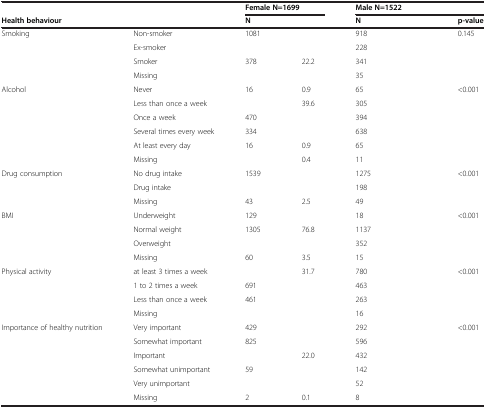
<table><thead><tr><td>[EMPTY_CELL]</td><td>[EMPTY_CELL]</td><td colspan="2"><b>Female N=1699</b></td><td colspan="2"><b>Male N=1522</b></td><td>[EMPTY_CELL]</td></tr></thead><tbody><tr><td><b>Health behaviour</b></td><td>[EMPTY_CELL]</td><td><b>N</b></td><td>[EMPTY_CELL]</td><td><b>N</b></td><td>[EMPTY_CELL]</td><td><b>p-value</b></td></tr><tr><td>Smoking</td><td>Non-smoker</td><td>1081</td><td>[EMPTY_CELL]</td><td>918</td><td>[EMPTY_CELL]</td><td rowspan="4">0.145</td></tr><tr><td>[EMPTY_CELL]</td><td>Ex-smoker</td><td>[EMPTY_CELL]</td><td>[EMPTY_CELL]</td><td>228</td><td>[EMPTY_CELL]</td></tr><tr><td>[EMPTY_CELL]</td><td>Smoker</td><td>378</td><td>22.2</td><td>341</td><td>[EMPTY_CELL]</td></tr><tr><td>[EMPTY_CELL]</td><td>Missing</td><td>[EMPTY_CELL]</td><td>[EMPTY_CELL]</td><td>35</td><td>[EMPTY_CELL]</td></tr><tr><td>Alcohol</td><td>Never</td><td>16</td><td>0.9</td><td>65</td><td>[EMPTY_CELL]</td><td rowspan="6">&lt;0.001</td></tr><tr><td>[EMPTY_CELL]</td><td>Less than once a week</td><td>[EMPTY_CELL]</td><td>39.6</td><td>305</td><td>[EMPTY_CELL]</td></tr><tr><td>[EMPTY_CELL]</td><td>Once a week</td><td>470</td><td>[EMPTY_CELL]</td><td>394</td><td>[EMPTY_CELL]</td></tr><tr><td>[EMPTY_CELL]</td><td>Several times every week</td><td>334</td><td>[EMPTY_CELL]</td><td>638</td><td>[EMPTY_CELL]</td></tr><tr><td>[EMPTY_CELL]</td><td>At least every day</td><td>16</td><td>0.9</td><td>65</td><td>[EMPTY_CELL]</td></tr><tr><td>[EMPTY_CELL]</td><td>Missing</td><td>[EMPTY_CELL]</td><td>0.4</td><td>11</td><td>[EMPTY_CELL]</td></tr><tr><td>Drug consumption</td><td>No drug intake</td><td>1539</td><td>[EMPTY_CELL]</td><td>1275</td><td>[EMPTY_CELL]</td><td rowspan="3">&lt;0.001</td></tr><tr><td>[EMPTY_CELL]</td><td>Drug intake</td><td>[EMPTY_CELL]</td><td>[EMPTY_CELL]</td><td>198</td><td>[EMPTY_CELL]</td></tr><tr><td>[EMPTY_CELL]</td><td>Missing</td><td>43</td><td>2.5</td><td>49</td><td>[EMPTY_CELL]</td></tr><tr><td>BMI</td><td>Underweight</td><td>129</td><td>[EMPTY_CELL]</td><td>18</td><td>[EMPTY_CELL]</td><td rowspan="4">&lt;0.001</td></tr><tr><td>[EMPTY_CELL]</td><td>Normal weight</td><td>1305</td><td>76.8</td><td>1137</td><td>[EMPTY_CELL]</td></tr><tr><td>[EMPTY_CELL]</td><td>Overweight</td><td>[EMPTY_CELL]</td><td>[EMPTY_CELL]</td><td>352</td><td>[EMPTY_CELL]</td></tr><tr><td>[EMPTY_CELL]</td><td>Missing</td><td>60</td><td>3.5</td><td>15</td><td>[EMPTY_CELL]</td></tr><tr><td>Physical activity</td><td>at least 3 times a week</td><td>[EMPTY_CELL]</td><td>31.7</td><td>780</td><td>[EMPTY_CELL]</td><td rowspan="4">&lt;0.001</td></tr><tr><td>[EMPTY_CELL]</td><td>1 to 2 times a week</td><td>691</td><td>[EMPTY_CELL]</td><td>463</td><td>[EMPTY_CELL]</td></tr><tr><td>[EMPTY_CELL]</td><td>Less than once a week</td><td>461</td><td>[EMPTY_CELL]</td><td>263</td><td>[EMPTY_CELL]</td></tr><tr><td>[EMPTY_CELL]</td><td>Missing</td><td>[EMPTY_CELL]</td><td>[EMPTY_CELL]</td><td>16</td><td>[EMPTY_CELL]</td></tr><tr><td>Importance of healthy nutrition</td><td>Very important</td><td>429</td><td>[EMPTY_CELL]</td><td>292</td><td>[EMPTY_CELL]</td><td rowspan="6">&lt;0.001</td></tr><tr><td>[EMPTY_CELL]</td><td>Somewhat important</td><td>825</td><td>[EMPTY_CELL]</td><td>596</td><td>[EMPTY_CELL]</td></tr><tr><td>[EMPTY_CELL]</td><td>Important</td><td>[EMPTY_CELL]</td><td>22.0</td><td>432</td><td>[EMPTY_CELL]</td></tr><tr><td>[EMPTY_CELL]</td><td>Somewhat unimportant</td><td>59</td><td>[EMPTY_CELL]</td><td>142</td><td>[EMPTY_CELL]</td></tr><tr><td>[EMPTY_CELL]</td><td>Very unimportant</td><td>[EMPTY_CELL]</td><td>[EMPTY_CELL]</td><td>52</td><td>[EMPTY_CELL]</td></tr><tr><td>[EMPTY_CELL]</td><td>Missing</td><td>2</td><td>0.1</td><td>8</td><td>[EMPTY_CELL]</td></tr></tbody></table>